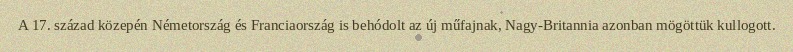
A 17. század közepén Németország és Franciaország is behódolt az új műfajnak, Nagy-Britannia azonban mögöttük kullogott.